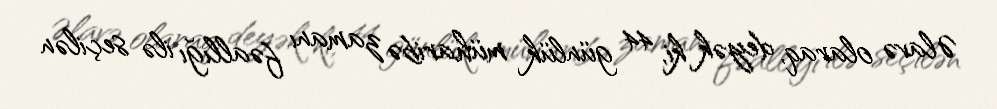
Əlavə olaraq, deyək ki, 44 günlük müharibə zamanı fəallığı ilə seçilən